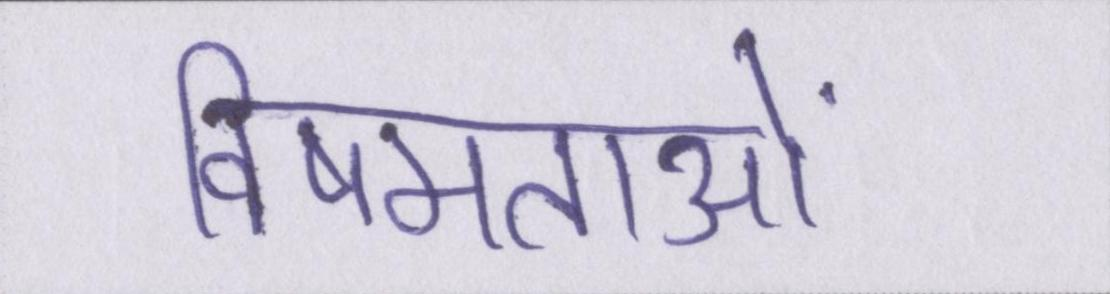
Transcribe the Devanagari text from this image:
विषमताओं